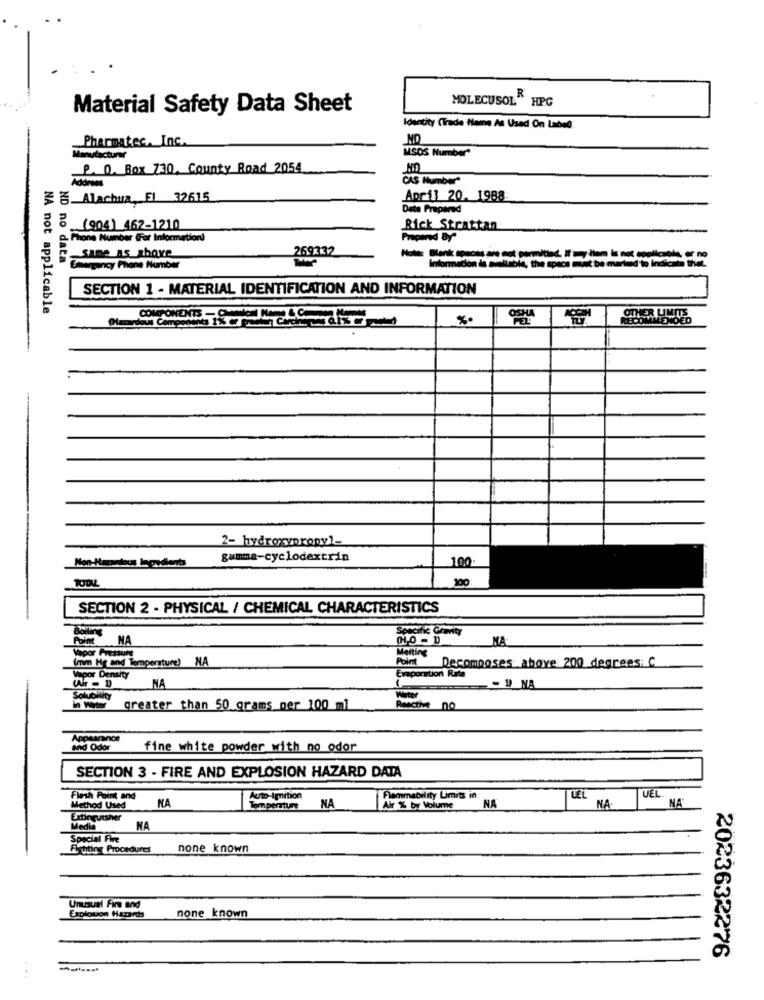
MOLECUSOL" HPG
Material Safety Data Sheet
Identity (Trade Name As Used On Label)
Pharmatec, Inc.
MO
MSDS Number"
Manufacturer
P. O. Box 730, County Road 2054
CUS Number
多 书 Alachuz, Fl 32615
April 20. 1988
Data Prepared
-
(904) 462-1210
Rick Strattan
e Phone Number (For Information)
Prepared By"
269332
same as above
Notte Blank spaces are not permitted. If any them is not coolt
Emergency Phone Number
Informacion is available, the space must be marked to Indicate thet.
SECTION 1 - MATERIAL IDENTIFICATION AND INFORMATION
applicable
OTHER LIMITS
RECOMMENDED
2- hydroxypropyl-
gamma-cyclodextrin
100
200
SECTION 2 - PHYSICAL / CHEMICAL CHARACTERISTICS
Boiling
Specific Gravity
Point
NA
MA
Vapor Pressure
Melting
(mm Hg and Temperature) NA
Point
Evaporation Rate
Decomposes above 200 degrees: C
Vapor Density
NA
- !_ NA
in Water
greater than 50 grams per 100 ml
Appearance
and Odor
fine white powder with no odor
SECTION 3 - FIRE AND EXPLOSION HAZARD DATA
UEL.
Flash Point and
NA
Auto-Ignition
NA
Flammability Limits in
NA
LEL
Method Used
Temperature
Air % by Volume
NA
NA
Extinguisher
Media
NA
Special Fire
Fighting Procedures
none known
Unusual Fire and
none known
2023632276